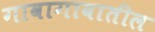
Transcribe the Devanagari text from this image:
गावागावातील